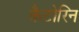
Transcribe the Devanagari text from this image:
कैटोरिन